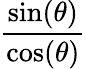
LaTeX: \frac{\sin(\theta)}{\cos(\theta)}